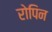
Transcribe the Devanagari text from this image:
रोपिन